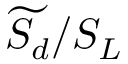
\widetilde { S _ { d } } / S _ { L }